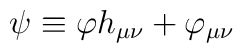
\psi \equiv \varphi h_{\mu\nu} + \varphi_{\mu\nu}